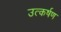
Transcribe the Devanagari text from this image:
उत्कर्षण